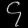
Digit: ၄